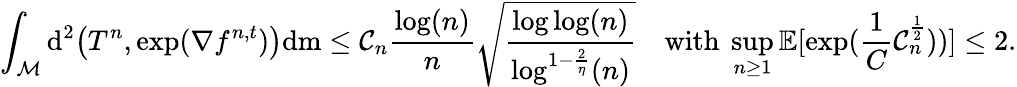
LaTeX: \int_{\mathcal{M}}\mathrm{d}^{2}\big(T^{n},\mathrm{exp}(\nabla f^{n,t})\big)\mathrm{d}\mathrm{m}\leq\mathcal{C}_{n}\frac{\log(n)}{n}\sqrt{\frac{\log\log(n)}{\log^{1-\frac{2}{\eta}}(n)}}\quad\mathrm{with~}\operatorname*{sup}_{n\geq 1}\mathbb{E}[\exp(\frac{1}{C}\mathcal{C}_{n}^{\frac 12}))]\leq 2.